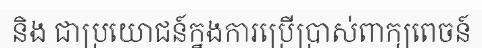
និង ជាប្រយោជន៍ក្នងការប្រើប្រាស់ពាក្យពេចន៍